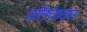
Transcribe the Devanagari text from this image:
प्रतिवादन